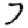
Digit: 7